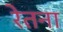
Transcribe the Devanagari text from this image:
रेतना